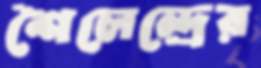
শৈলেন্দ্রের